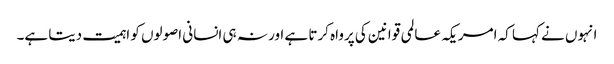
انہوں نے کہا کہ امریکہ عالمی قوانین کی پرواہ کرتا ہے اور نہ ہی انسانی اصولوں کو اہمیت دیتا ہے۔